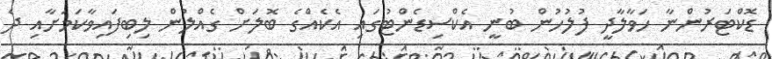
ޑޮކްޓަރުންނާ ހަވާލާދީ ފުލުހުން ބުނީ އެކްސިޑެންޓުގައި އެކެއްގެ ބޮލަށް ގެއްލުން ލިބިފައިވާކަމަށާއި ދެ